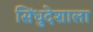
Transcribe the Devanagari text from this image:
सिंधुदेशाला